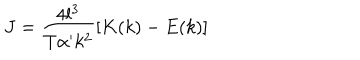
LaTeX: J = \frac { 4 l ^ { 3 } } { T \alpha ^ { \prime } k ^ { 2 } } \left[ K ( k ) - E ( k ) \right]